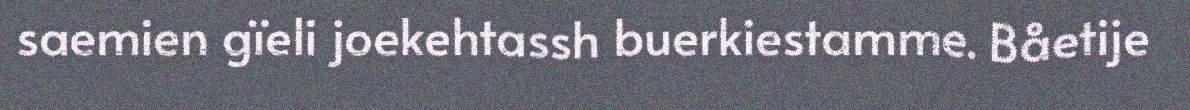
saemien gïeli joekehtassh buerkiestamme. Båetije